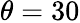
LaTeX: \theta=30